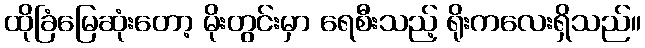
ထိုခြံမြေဆုံးတော့ မိုးတွင်းမှာ ရေစီးသည့် ရိုးကလေးရှိသည်။